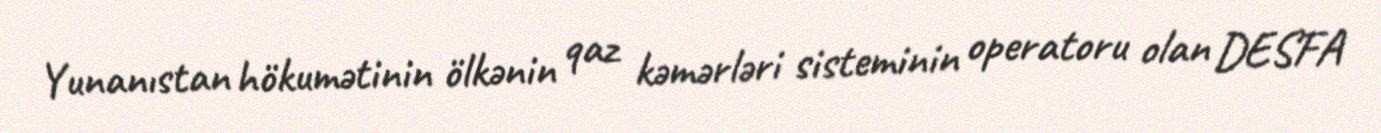
Yunanıstan hökumətinin ölkənin qaz kəmərləri sisteminin operatoru olan DESFA